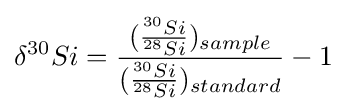
\delta ^{30}Si={({^{30}Si \over ^{28}Si})_{sample} \over ({^{30}Si \over ^{28}Si})_{standard}}-1